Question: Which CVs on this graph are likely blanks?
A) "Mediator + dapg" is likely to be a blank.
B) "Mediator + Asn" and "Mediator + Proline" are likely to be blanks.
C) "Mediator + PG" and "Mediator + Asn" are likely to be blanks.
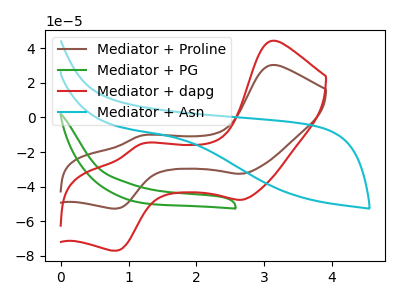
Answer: <think>The brown curve "Mediator + Proline" has anodic peaks at (3.10V, 30.25uA) (1.20V, -10.45uA) and cathodic peaks at (2.65V, -32.50uA) (0.85V, -52.60uA). The green curve "Mediator + PG" has no peaks. The red curve "Mediator + dapg" has anodic peaks at (3.10V, 44.25uA) (1.20V, -15.30uA) and cathodic peaks at (2.65V, -47.55uA) (0.85V, -76.90uA). The cyan curve "Mediator + Asn" has no peaks.</think>
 <answer>C) "Mediator + PG" and "Mediator + Asn" are likely to be blanks.</answer>
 <eval>C</eval>